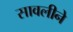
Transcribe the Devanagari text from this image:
सावलीने